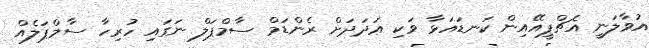
އުވާލަނީ އެޗްޕީއޭއިން ކަނޑައަޅާ ވަކި ޢަދަދަށް ރެންޑަމް ސާމްޕަލް ނަގައި ހުރިހާ ސާމްޕަލެއް